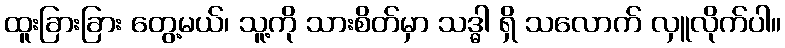
ထူးခြားခြား တွေ့မယ်၊ သူ့ကို သားစိတ်မှာ သဒ္ဓါ ရှိ သလောက် လှူလိုက်ပါ။